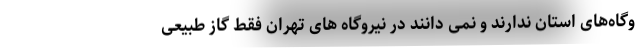
وگاه‌های استان ندارند و نمی دانند در نیروگاه های تهران فقط گاز طبیعی